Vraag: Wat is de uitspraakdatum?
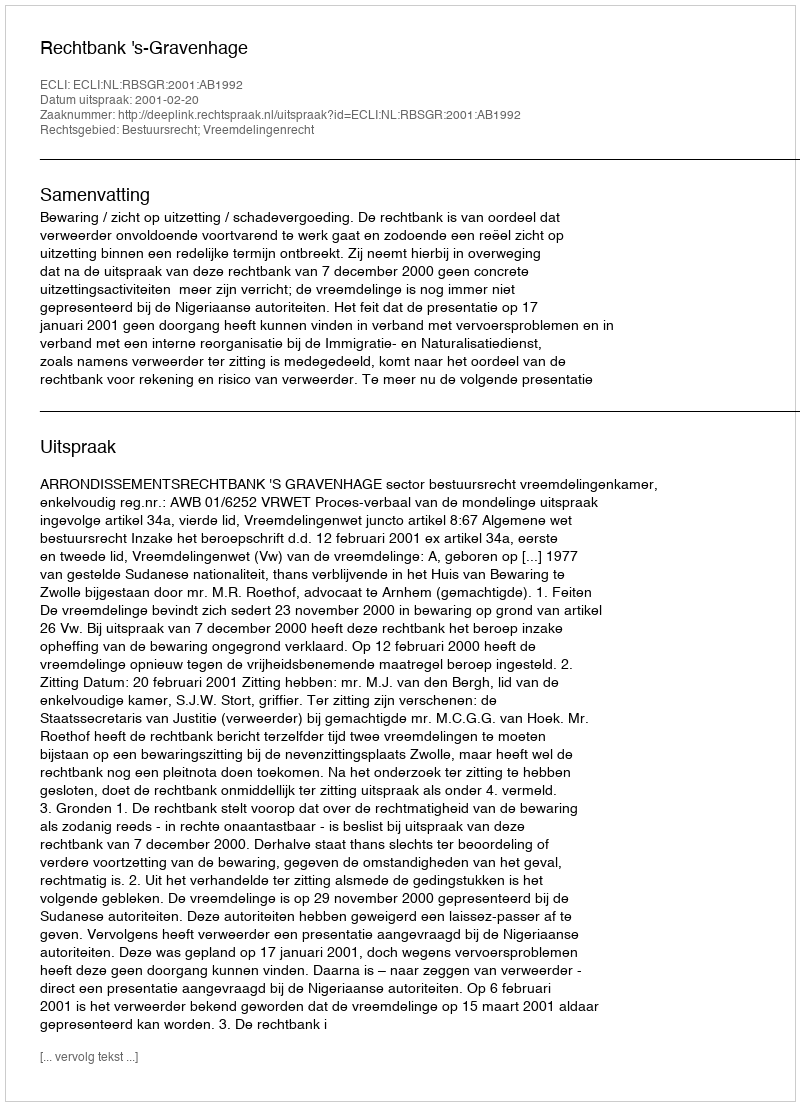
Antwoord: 2001-02-20